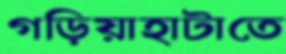
গড়িয়াহাটাতে